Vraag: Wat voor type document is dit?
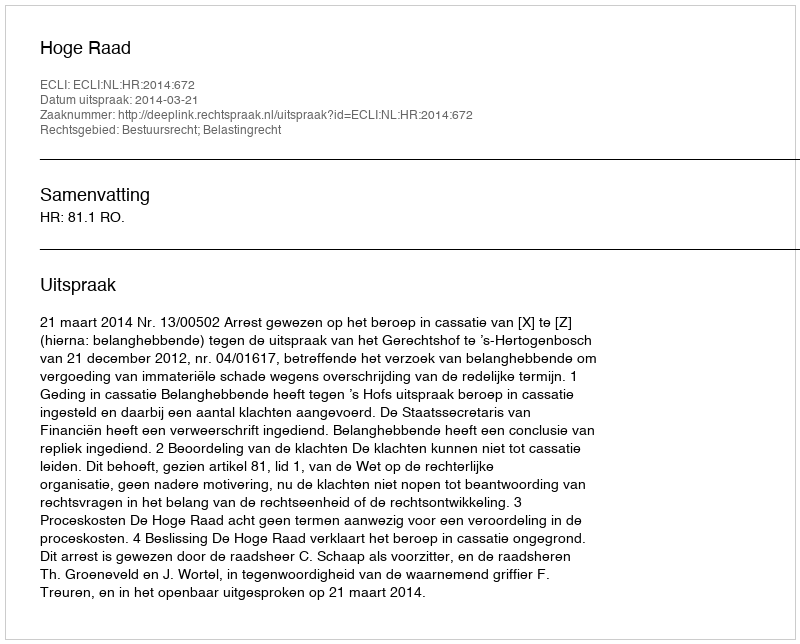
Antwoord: Uitspraak